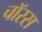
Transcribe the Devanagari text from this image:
चॉरस